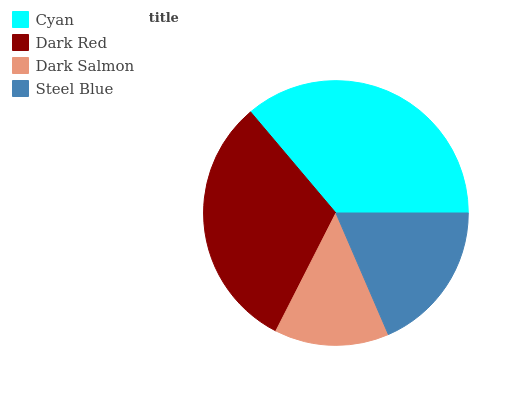
| Cyan | Dark Red | Dark Salmon | Steel Blue |
 | --- | --- | --- | --- |
 | 36.2% | 31.4% | 14% | 18.5% |